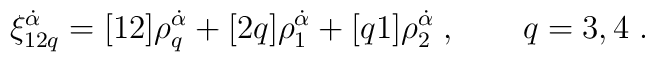
\xi^{\dot\alpha}_{12q} = [12]\rho_q^{\dot\alpha} + [2q] \rho_1^{\dot\alpha} + [q1] \rho_2^{\dot\alpha}\;, \qquad q=3,4\;.